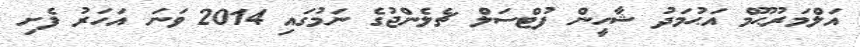
އަލްމަރުޙޫމް އަޙުމަދު ޝާހީން ފުޓްސަލް ޗެލެންޖުގެ ނަމުގައި 2014 ވަނަ އަހަރު ފެށި